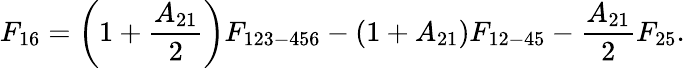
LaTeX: F_{16}=\left(1+\frac{A_{21}}{2}\right)F_{123-456}-(1+A_{21})F_{12-45}-\frac{A_{21}}{2}F_{25}{.}